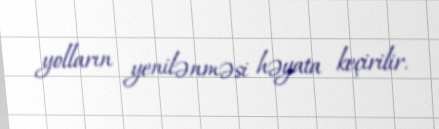
yolların yenilənməsi həyata keçirilir.